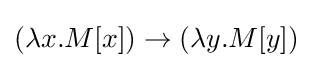
{\textstyle (\lambda x.M[x])\rightarrow (\lambda y.M[y])}